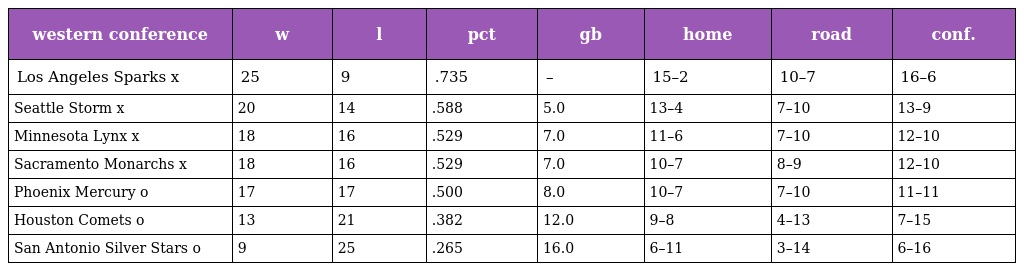
| western conference | w | l | pct | gb | home | road | conf. |
 | --- | --- | --- | --- | --- | --- | --- | --- |
 | Los Angeles Sparks x | 25 | 9 | .735 | – | 15–2 | 10–7 | 16–6 |
 | Seattle Storm x | 20 | 14 | .588 | 5.0 | 13–4 | 7–10 | 13–9 |
 | Minnesota Lynx x | 18 | 16 | .529 | 7.0 | 11–6 | 7–10 | 12–10 |
 | Sacramento Monarchs x | 18 | 16 | .529 | 7.0 | 10–7 | 8–9 | 12–10 |
 | Phoenix Mercury o | 17 | 17 | .500 | 8.0 | 10–7 | 7–10 | 11–11 |
 | Houston Comets o | 13 | 21 | .382 | 12.0 | 9–8 | 4–13 | 7–15 |
 | San Antonio Silver Stars o | 9 | 25 | .265 | 16.0 | 6–11 | 3–14 | 6–16 |